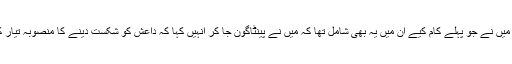
عہدہ سنبھالنے کے بعد میں نے جو پہلے کام کیے ان میں یہ بھی شامل تھا کہ میں نے پینٹاگون جا کر انہیں کہا کہ داعش کو شکست دینے کا منصوبہ تیار کر کے مجھے دکھائیں۔